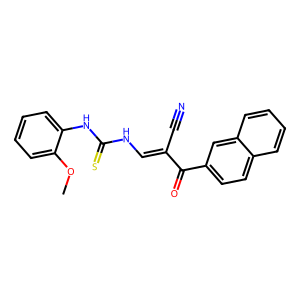
SMILES: COc1ccccc1NC(=S)NC=C(C#N)C(=O)c1ccc2ccccc2c1
Inhibits HIV replication: No